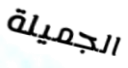
الجميلة